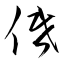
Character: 低